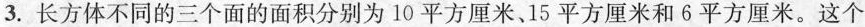
3.长方体不同的三个面的面积分别为10平方厘米、15平方厘米和6平方厘米。这个